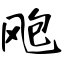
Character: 飑